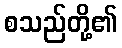
စသည်တို့၏